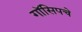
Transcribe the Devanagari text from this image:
गॉसिपचे